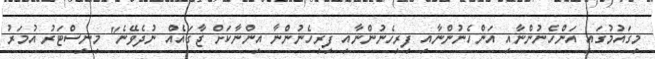
މިގައުމުގައި އަންހެނުންނާއި އަންހެނުންނާއި ފިރިހެނުންނާއި ފިރިހެނުންނާ އިންނާކަށް ޖާގައެއް ނުދެވޭނެ" މިނިސްޓަރު އުމަރު